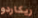
ريكاردو